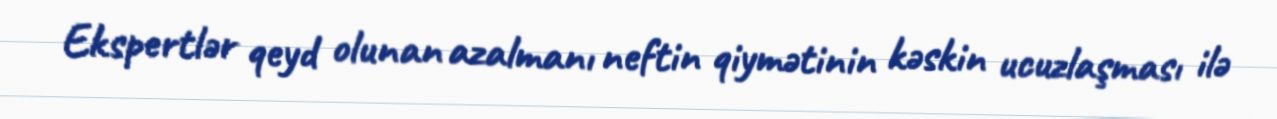
Ekspertlər qeyd olunan azalmanı neftin qiymətinin kəskin ucuzlaşması ilə